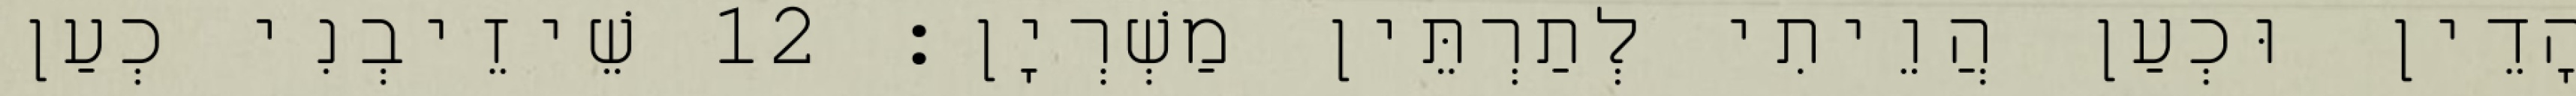
הָדֵין וּכְעַן הֲוֵיתִי לְתַרְתֵּין מַשְׁרְיָן׃ 12 שֵׁיזֵיבְנִי כְעַן